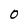
Character: 0